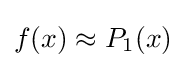
f(x)\approx P_{1}(x)